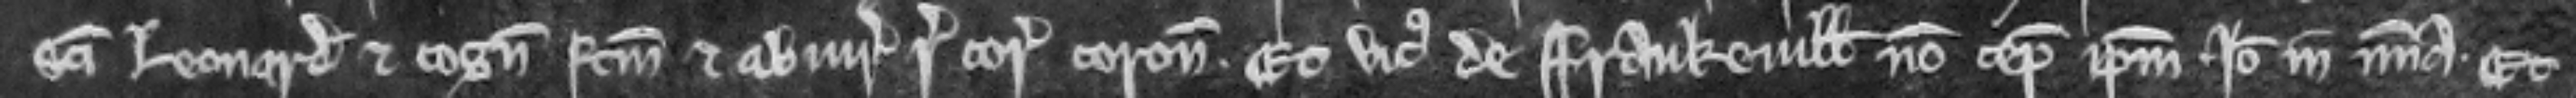
Sancti Leonardi et cognovit factum et abjuravit regnum coram coronatoribus. Et vicus de Frankevill non cepit ipsum. Ideo in misericordia. Et